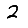
Digit: 2